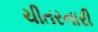
ચીતરનારી